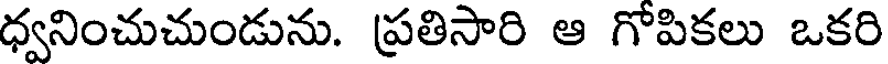
ధ్వనించుచుండును. ప్రతిసారి ఆ గోపికలు ఒకరి